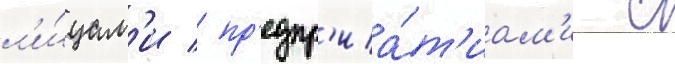
л'и́цам'и / пр'едпр'иа́т'иам'и с